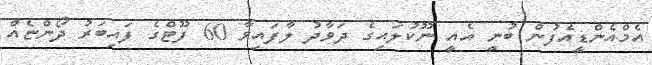
އެމްއެންޑީއެފުން ބުނީ އެއީ ނޫކުލައިގެ ދަވާދު ލާފައިވާ 60 ފޫޓްގެ ފައިބަރު ދޯންޏެއް